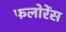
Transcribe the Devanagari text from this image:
फलोरेंस